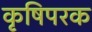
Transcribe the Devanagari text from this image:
कृषिपरक